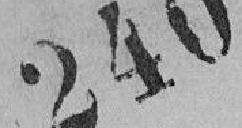
240